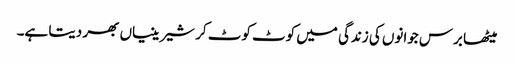
میٹھا برس جوانوں کی زندگی میں کوٹ کوٹ کر شیرینیاں بھر دیتا ہے۔